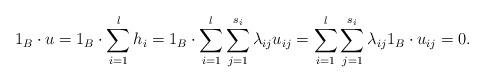
LaTeX: \begin{align*}1_{B}\cdot u = 1_{B}\cdot \sum_{i=1}^{l}h_{i} = 1_{B}\cdot\sum_{i=1}^{l}\sum_{j=1}^{s_{i}}\lambda_{ij}u_{ij} = \sum_{i=1}^{l}\sum_{j=1}^{s_{i}}\lambda_{ij}1_{B}\cdot u_{ij}=0.\end{align*}